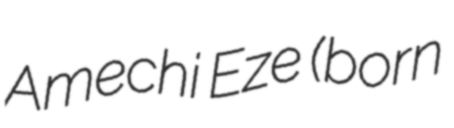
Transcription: Amechi Eze (born